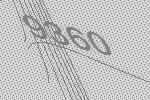
9360